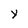
Character: Y